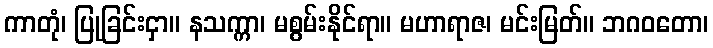
ကာတုံ၊ ပြုခြင်းငှာ။ နသက္ကာ၊ မစွမ်းနိုင်ရာ။ မဟာရာဇ၊ မင်းမြတ်။ ဘဂဝတော၊